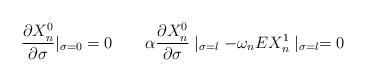
LaTeX: \begin{align*}\frac{\partial X_{n}^{0}}{\partial\sigma}|_{\sigma=0}=0 \quad \quad \alpha\frac{\partial X_{n}^{0}}{\partial\sigma}\mid_{\sigma=l}-\omega_{n}EX_{n}^{1}\mid_{\sigma=l}=0\end{align*}